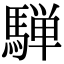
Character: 騨